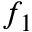
f _ { 1 }